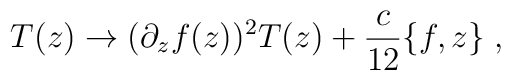
T(z)\rightarrow (\partial_{z}f(z))^{2}T(z)+\frac{c}{12}\{f,z\}\;,